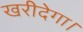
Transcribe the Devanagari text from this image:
खरीदेगा।